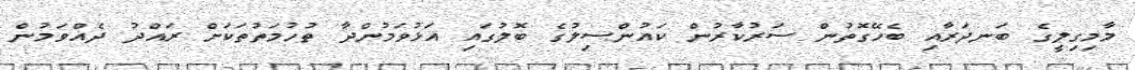
މާމިގިލީގެ ބަނދަރާއި ބެހޭގޮތުން ސަރުކާރުން ކައުންސިލުގެ ބޮލުގައި އަޅުވަމުންދާ ތުހުމަތުތަކަށް ރައްދު ދެއްވަމުން